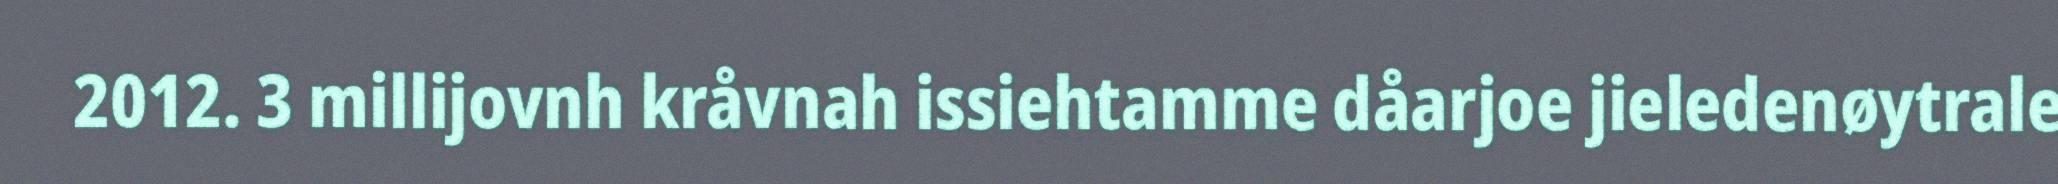
2012. 3 millijovnh kråvnah issiehtamme dåarjoe jieledenøytrale